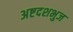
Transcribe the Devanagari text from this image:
अष्टदशभुज